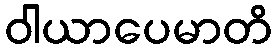
ဝါယာပေမာတိ